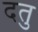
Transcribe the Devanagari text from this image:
दतु